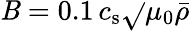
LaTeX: \mathit{B}=0.1\, c_{\mathrm{{s}}}\sqrt{}{{\mu_{0}\bar{{\rho}}}}